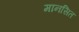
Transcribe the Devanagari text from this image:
मानसित